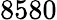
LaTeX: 8580